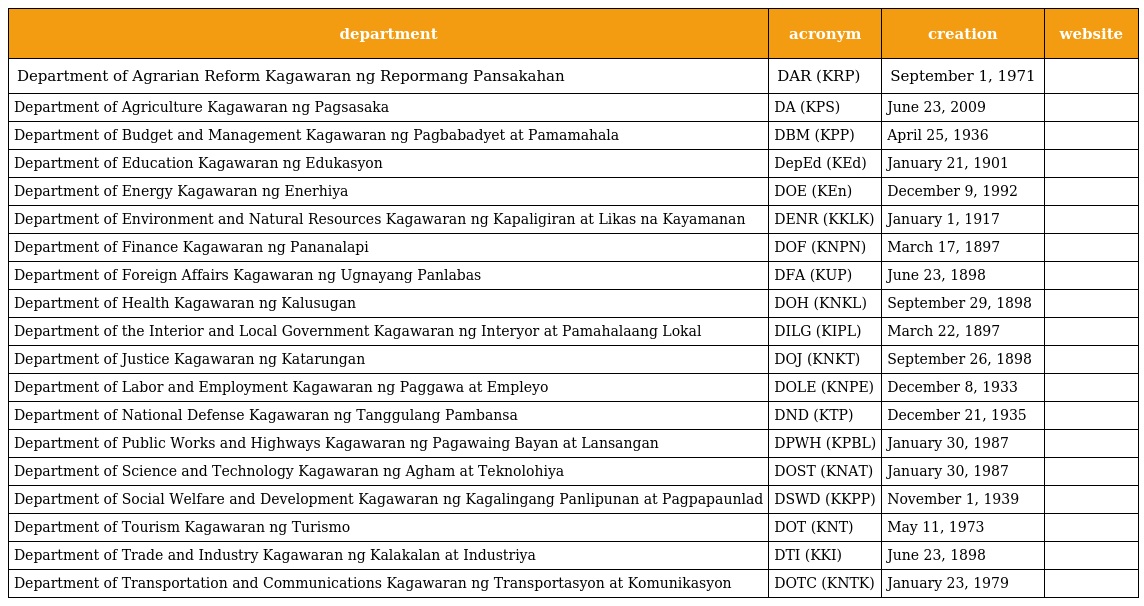
| department | acronym | creation | website |
 | --- | --- | --- | --- |
 | Department of Agrarian Reform Kagawaran ng Repormang Pansakahan | DAR (KRP) | September 1, 1971 |  |
 | Department of Agriculture Kagawaran ng Pagsasaka | DA (KPS) | June 23, 2009 |  |
 | Department of Budget and Management Kagawaran ng Pagbabadyet at Pamamahala | DBM (KPP) | April 25, 1936 |  |
 | Department of Education Kagawaran ng Edukasyon | DepEd (KEd) | January 21, 1901 |  |
 | Department of Energy Kagawaran ng Enerhiya | DOE (KEn) | December 9, 1992 |  |
 | Department of Environment and Natural Resources Kagawaran ng Kapaligiran at Likas na Kayamanan | DENR (KKLK) | January 1, 1917 |  |
 | Department of Finance Kagawaran ng Pananalapi | DOF (KNPN) | March 17, 1897 |  |
 | Department of Foreign Affairs Kagawaran ng Ugnayang Panlabas | DFA (KUP) | June 23, 1898 |  |
 | Department of Health Kagawaran ng Kalusugan | DOH (KNKL) | September 29, 1898 |  |
 | Department of the Interior and Local Government Kagawaran ng Interyor at Pamahalaang Lokal | DILG (KIPL) | March 22, 1897 |  |
 | Department of Justice Kagawaran ng Katarungan | DOJ (KNKT) | September 26, 1898 |  |
 | Department of Labor and Employment Kagawaran ng Paggawa at Empleyo | DOLE (KNPE) | December 8, 1933 |  |
 | Department of National Defense Kagawaran ng Tanggulang Pambansa | DND (KTP) | December 21, 1935 |  |
 | Department of Public Works and Highways Kagawaran ng Pagawaing Bayan at Lansangan | DPWH (KPBL) | January 30, 1987 |  |
 | Department of Science and Technology Kagawaran ng Agham at Teknolohiya | DOST (KNAT) | January 30, 1987 |  |
 | Department of Social Welfare and Development Kagawaran ng Kagalingang Panlipunan at Pagpapaunlad | DSWD (KKPP) | November 1, 1939 |  |
 | Department of Tourism Kagawaran ng Turismo | DOT (KNT) | May 11, 1973 |  |
 | Department of Trade and Industry Kagawaran ng Kalakalan at Industriya | DTI (KKI) | June 23, 1898 |  |
 | Department of Transportation and Communications Kagawaran ng Transportasyon at Komunikasyon | DOTC (KNTK) | January 23, 1979 |  |